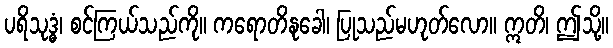
ပရိသုဒ္ဓံ၊ စင်ကြယ်သည်ကို။ ကရောတိနုခေါ၊ ပြုသည်မဟုတ်လော။ ဣတိ၊ ဤသို့။